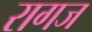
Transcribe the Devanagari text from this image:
रागज